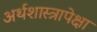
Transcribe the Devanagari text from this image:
अर्थशास्त्रापेक्षा